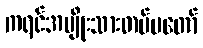
ကရင်အမျိုးသားတပ်မတော်